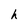
Character: h